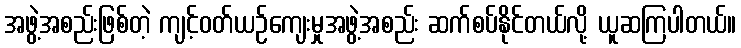
အဖွဲ့အစည်းဖြစ်တဲ့ ကျင့်ဝတ်ယဉ်ကျေးမှုအဖွဲ့အစည်း ဆက်စပ်နိုင်တယ်လို့ ယူဆကြပါတယ်။